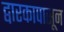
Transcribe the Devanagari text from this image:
द्वारकापासून